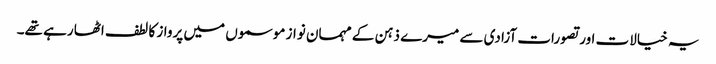
یہ خیالات اور تصورات آزادی سے میرے ذہن کے مہمان نواز موسموں میں پرواز کا لطف اٹھا رہے تھے۔